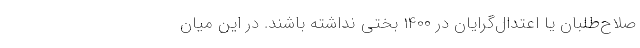
صلاح‌طلبان یا اعتدال‌گرایان در 1400 بختی نداشته باشند. در این میان